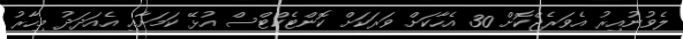
ލެވުނުއިރު އެވަރެޖްކޮށް 30 އެހާކަށް ވަރަކަށް ކޮންޓެކްޓްސް އުޅޭ ކަމަށާއި އެއަދަދު މިހާރު